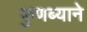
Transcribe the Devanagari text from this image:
कुणब्याने